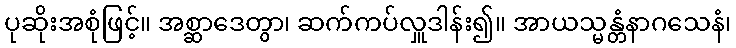
ပုဆိုးအစုံဖြင့်။ အစ္ဆာဒေတွာ၊ ဆက်ကပ်လှူဒါန်း၍။ အာယသ္မန္တံနာဂသေနံ၊